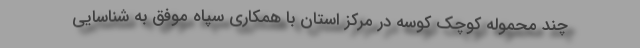
چند محموله کوچک کوسه در مرکز استان با همکاری سپاه موفق به شناسایی